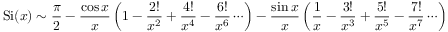
\operatorname { S i } ( x ) \sim { \frac { \pi } { 2 } } - { \frac { \cos x } { x } } \left( 1 - { \frac { 2 ! } { x ^ { 2 } } } + { \frac { 4 ! } { x ^ { 4 } } } - { \frac { 6 ! } { x ^ { 6 } } } \cdots \right) - { \frac { \sin x } { x } } \left( { \frac { 1 } { x } } - { \frac { 3 ! } { x ^ { 3 } } } + { \frac { 5 ! } { x ^ { 5 } } } - { \frac { 7 ! } { x ^ { 7 } } } \cdots \right)